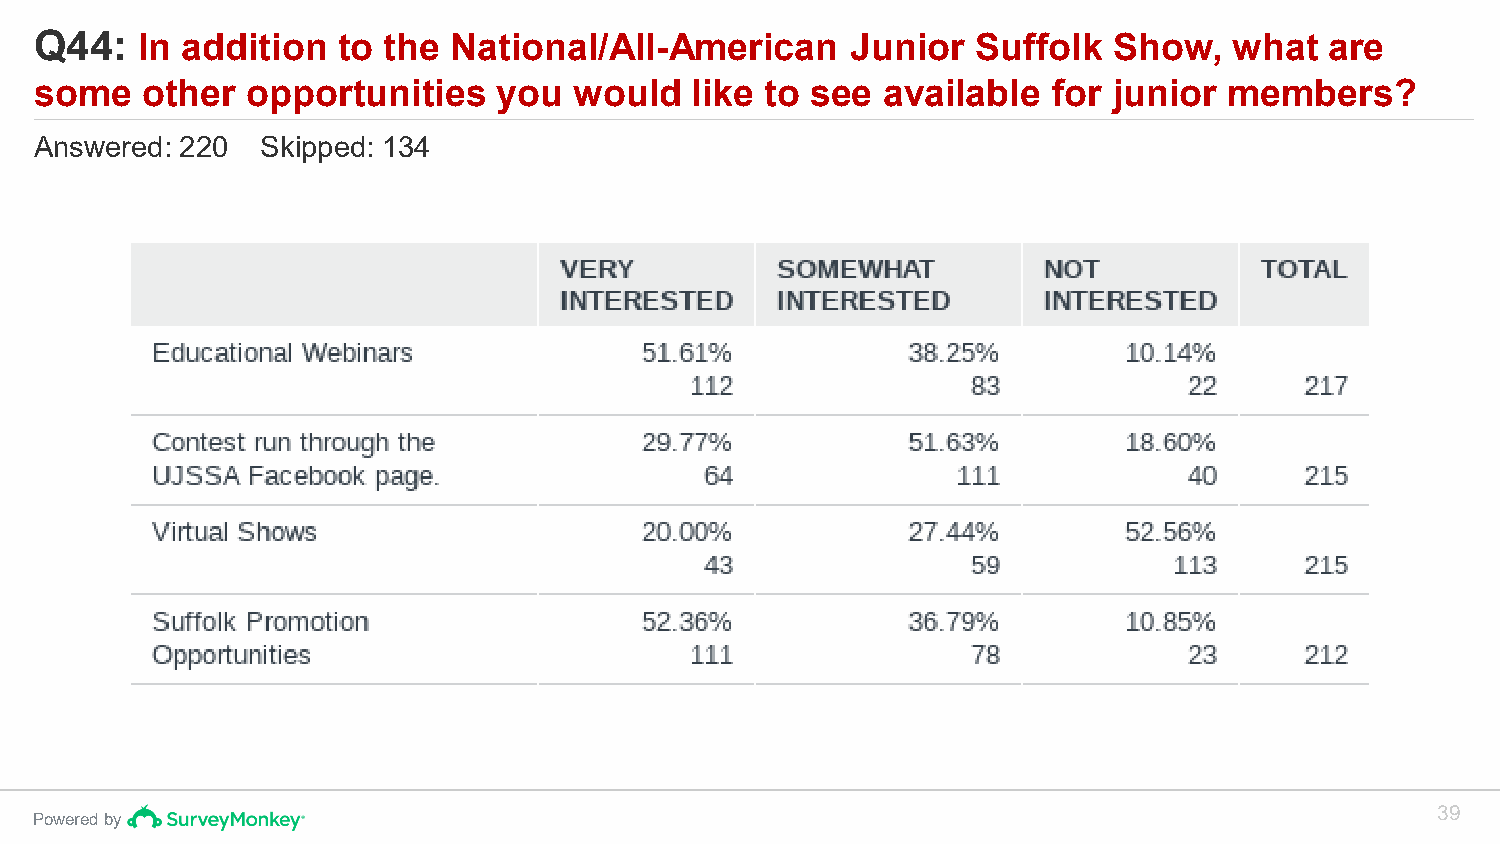
Q44:   In addition  to the  National/All-American     Junior   Suffolk  Show,   what  are
 some   other  opportunities    you  would   like to see  available  for junior members?
 Answered: 220  Skipped: 134
 39
 Powered by